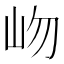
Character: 岉